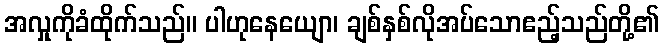
အလှုကိုခံထိုက်သည်။ ပါဟုနေယျော၊ ချစ်နှစ်လိုအပ်သောဧည့်သည်တို့၏